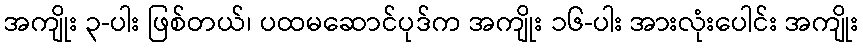
အကျိုး ၃-ပါး ဖြစ်တယ်၊ ပထမဆောင်ပုဒ်က အကျိုး ၁၆-ပါး အားလုံးပေါင်း အကျိုး